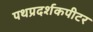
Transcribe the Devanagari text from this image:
पथप्रदर्शकपीटर